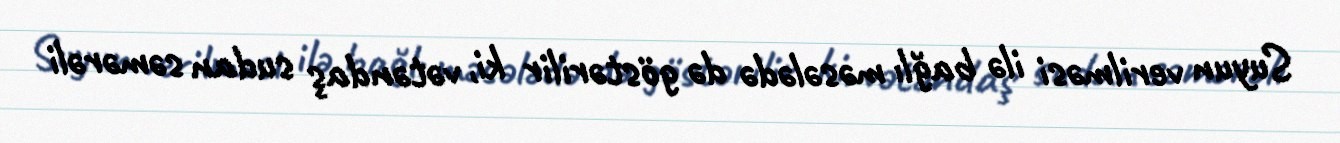
Suyun verilməsi ilə bağlı məsələdə də göstərilir ki, vətəndaş sudan səmərəli